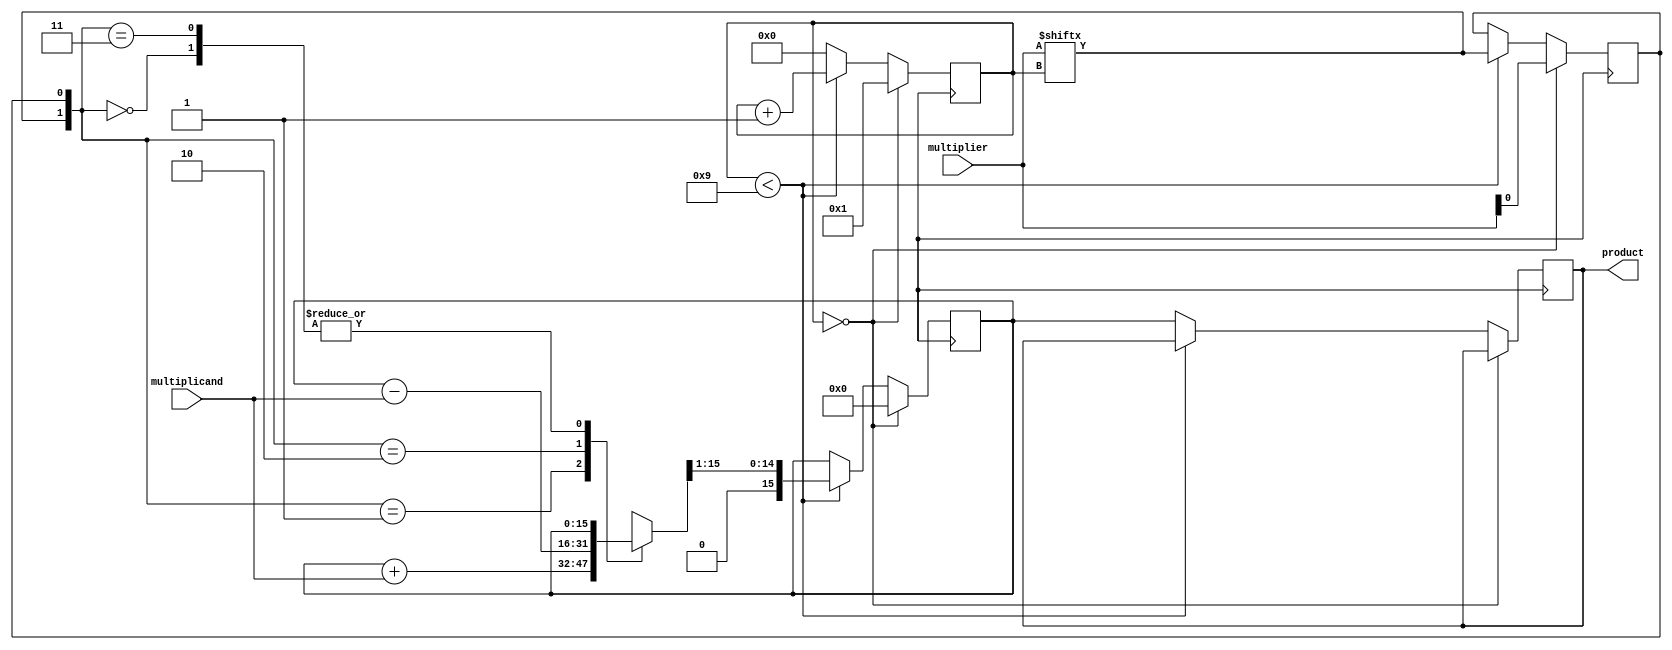
module booth_multiplier(
    input [7:0] multiplicand,
    input [7:0] multiplier,
    output reg [15:0] product
);

reg [15:0] partial_product;
reg [3:0] counter;
reg sign_bit;
reg previous_bit;
reg [7:0] multiplicand_shifted;

always @(*) begin
    multiplicand_shifted = {multiplicand[7], multiplicand};
end

always @(posedge clock) begin
    if (counter == 0) begin
        sign_bit = 0;
        partial_product = 16'b0;
        counter = 1;
        previous_bit = multiplier[0];
    end else begin
        if (counter < 9) begin
            case({multiplier[counter], previous_bit})
                2'b00: begin
                    // No operation
                end
                2'b01: begin
                    partial_product = partial_product + multiplicand_shifted;
                end
                2'b10: begin
                    partial_product = partial_product - multiplicand_shifted;
                end
                2'b11: begin
                    // No operation
                end
            endcase
            partial_product = partial_product >> 1;
            previous_bit = multiplier[counter];
            counter = counter + 1;
        end else begin
            product = partial_product[15:0];
            counter = 0;
        end
    end
end

endmodule